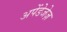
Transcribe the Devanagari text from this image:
अपेंडेजेज़